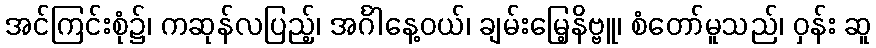
အင်ကြင်းစုံ၌၊ ကဆုန်လပြည့်၊ အင်္ဂါနေ့ဝယ်၊ ချမ်းမြေ့နိဗ္ဗူ၊ စံတော်မူသည်၊ ဝှန်း ဆူ